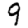
Digit: 9